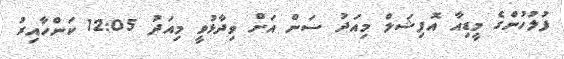
ފުލުހުންގެ މީޑިއާ އޮފިޝަލް މިއަދު ސަން އަށް ވިދާޅުވީ މިއަދު 12:05 ކަންހާއިރު